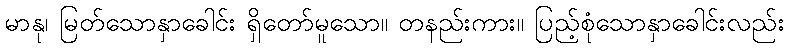
မာနု၊ မြတ်သောနှာခေါင်း ရှိတော်မူသော။ တနည်းကား။ ပြည့်စုံသောနှာခေါင်းလည်း